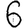
Digit: 6